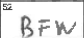
Transcription: BFW